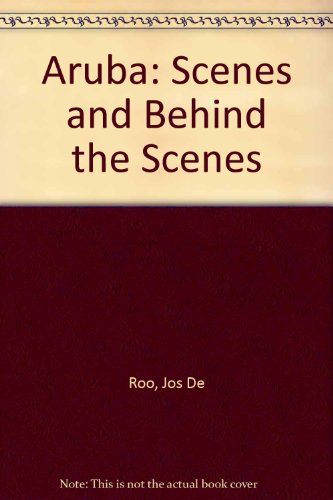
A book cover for Aruba: Scenes and Behind the Scenes; Wim Rutgers Jos De Roo; Travel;